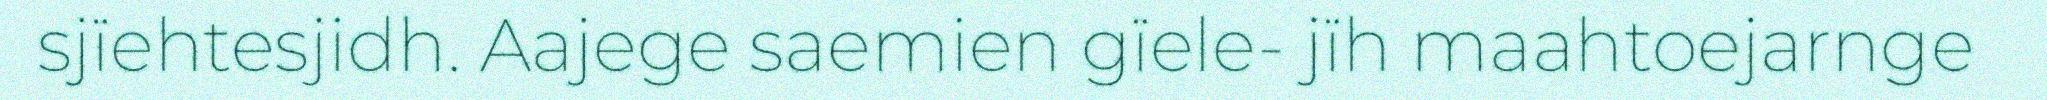
sjïehtesjidh. Aajege saemien gïele- jïh maahtoejarnge